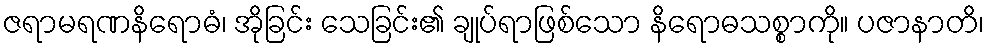
ဇရာမရဏနိရောဓံ၊ အိုခြင်း သေခြင်း၏ ချုပ်ရာဖြစ်သော နိရောဓသစ္စာကို။ ပဇာနာတိ၊